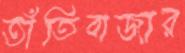
তাঁতিবাজার